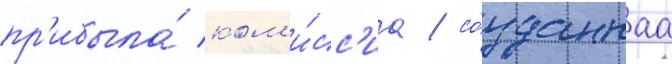
пр'ибыла́ ком'и́сс'иа / со́зданнаа